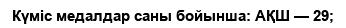
Күміс медалдар саны бойынша: АҚШ — 29;